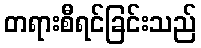
တရားစီရင်ခြင်းသည်